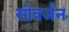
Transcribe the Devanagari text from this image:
सोवर्जन